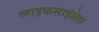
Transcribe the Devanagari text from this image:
लाइफसाइंसेस